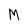
Character: M